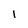
Character: 1